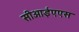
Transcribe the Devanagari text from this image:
सीआईएएस